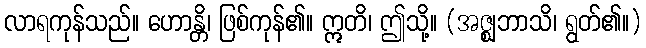
လာရကုန်သည်။ ဟောန္တိ၊ ဖြစ်ကုန်၏။ ဣတိ၊ ဤသို့။ (အဇ္ဈဘာသိ၊ ရွတ်၏။)